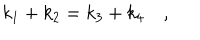
k _ { 1 } + k _ { 2 } = k _ { 3 } + k _ { 4 } \quad ,